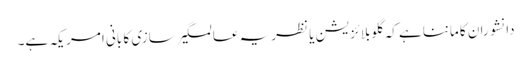
دانشوران کا ماننا ہے کہ گلوبلائزیشن یا نظریہ عالمگیر سازی کا بانی امریکہ ہے۔